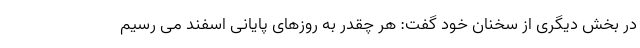
در بخش دیگری از سخنان خود گفت: هر چقدر به روزهای پایانی اسفند می رسیم